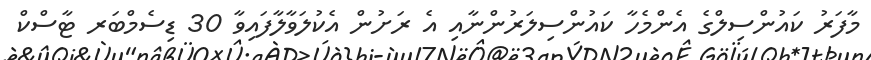
މާފަރު ކައުންސިލްގެ އެންމެހާ ކައުންސިލަރުންނާއި އެ ރަށުން އެކުލަވާލާފައިވާ 30 ޑިސެމްބަރ ޓާސްކް